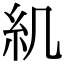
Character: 𥾊